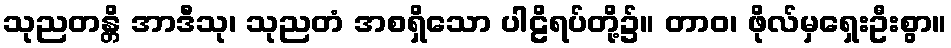
သုညတန္တိ အာဒီသု၊ သုညတံ အစရှိသော ပါဠိရပ်တို့၌။ တာဝ၊ ဖိုလ်မှရှေးဦးစွာ။